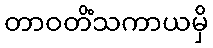
တာဝတိံသကာယမှိ